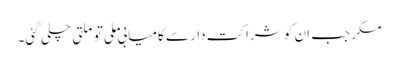
مگر جب ان کو شراکت دار سے کامیابی ملی تو ملتی چلی گئی۔